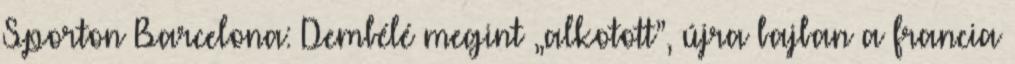
Sporton Barcelona: Dembélé megint „alkotott”, újra bajban a francia